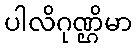
ပါလိဂုဏ္ဌိမာ